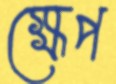
ক্ষেপ